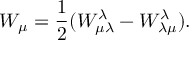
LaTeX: W _ { \mu } = { \frac { 1 } { 2 } } ( W _ { \mu \lambda } ^ { \lambda } - W _ { \lambda \mu } ^ { \lambda } ) .